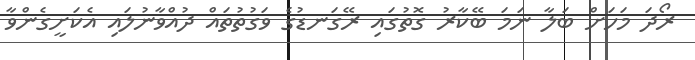
ރޯދަ މަހަށް ބަލާ ނަމަ ބޭކާރު ގޮތުގައި ރޭގަނޑުގެ ވަގުތުތައް ދުއްވާނުލައި އެކަށީގެންވާ